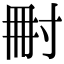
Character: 𡬬